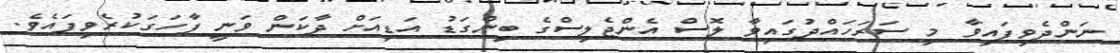
ނަންދެވިފައިވާ މި ސަރަހައްދުގައިވާ ލޮސް އެންޖެލިސްގެ ބިންގަޑު އަޑިއަށް ދާކަން ވަނީ ފާހަގަކުރެވިފައެވެ.